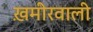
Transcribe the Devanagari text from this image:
ख़मीरवाली